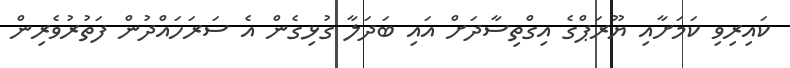
ކައިރިވި ކަމަށާއި ޔޫރަޕްގެ އިގްތިސާދަށް އައި ބަދަލާ ގުޅިގެން އެ ސަރަހައްދުން ފަތުރުވެރިން